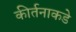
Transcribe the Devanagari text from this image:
कीर्तनाकडे